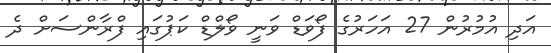
އަދި އުމުރުން 27 އަހަރުގެ ފޯވަޑް ވަނީ ވޯލްޑް ކަޕުގައި ފްރާންސަށް ދެ